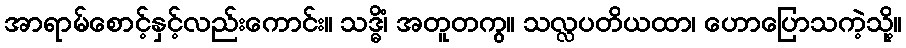
အာရာမ်စောင့်နှင့်လည်းကောင်း။ သဒ္ဓိံ၊ အတူတကွ။ သလ္လပတိယထာ၊ ဟောပြောသကဲ့သို့။